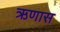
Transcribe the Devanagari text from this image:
ऋणास